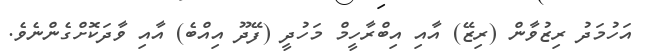
އަހުމަދު ރިޒުވާން (ރިޒޭ) އާއި އިބްރާހީމް މަހުދީ (ފޭދޫ އިއްބެ) އާއި ވާދަކޮށްގެންނެވެ.